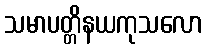
သမာပတ္တိနယကုသလော